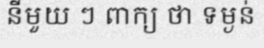
នីមួយ ៗ ពាក្យ ថា ទម្ងន់